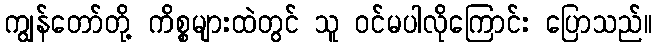
ကျွန်တော်တို့ ကိစ္စများထဲတွင် သူ ဝင်မပါလိုကြောင်း ပြောသည်။